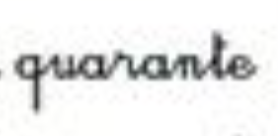
quarante